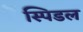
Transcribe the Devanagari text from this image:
स्पिडल